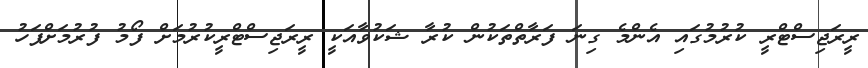
ރީރަޖިސްޓްރީ ކުރުމުގައި އެންމެ ގިނަ ފަރާތްތަކުން ކުރާ ޝަކުވާއަކީ ރީރަޖިސްޓްރީކުރުމަށް ފޯމު ފުރުމަށްފަހު